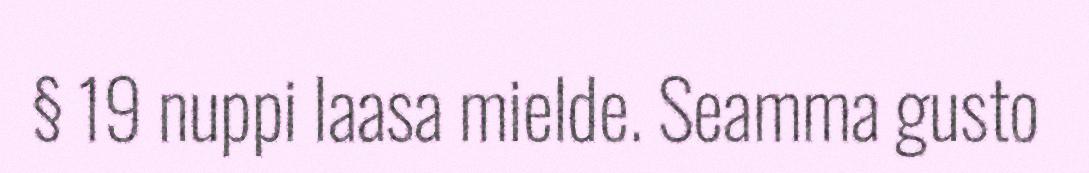
§ 19 nuppi laasa mielde. Seamma gusto